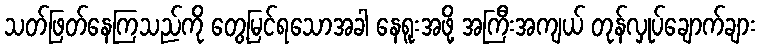
သတ်ဖြတ်နေကြသည်ကို တွေ့မြင်ရသောအခါ နေရူးအဖို့ အကြီးအကျယ် တုန်လှုပ်ချောက်ချား